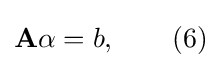
\mathbf {A} \alpha =b,\qquad (6)